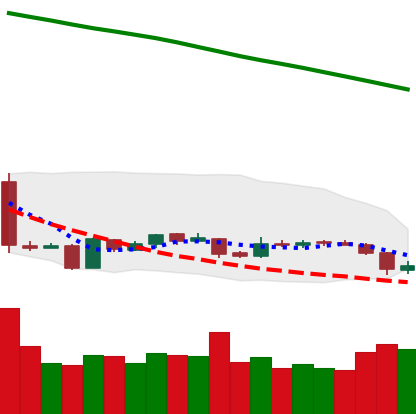
Ticker: EOS-USD
Chart end date: 2019-01-29
Forward return: 4.365%
Label: up_3_5